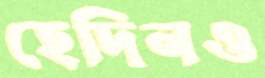
হেদিনও